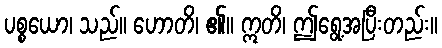
ပစ္စယော၊ သည်။ ဟောတိ၊ ၏။ ဣတိ၊ ဤရွေ့အပြီးတည်း။